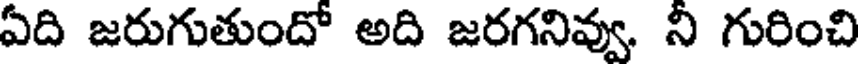
ఏది జరుగుతుందో అది జరగనివ్వు, ని గురించి